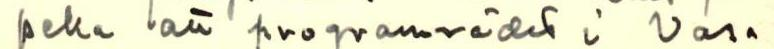
peka att programvädet i Vasa